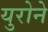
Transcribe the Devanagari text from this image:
युरोने